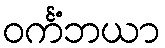
ဝင်္ကံဘယာ